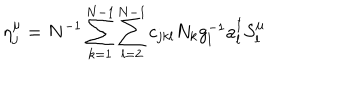
\eta _ { j } ^ { \mu } = N ^ { - 1 } \sum _ { k = 1 } ^ { N - 1 } \sum _ { l = 2 } ^ { N - 1 } c _ { j k l } N _ { k } g _ { l } ^ { - 1 } a _ { l } ^ { \dagger } S _ { l } ^ { \mu }